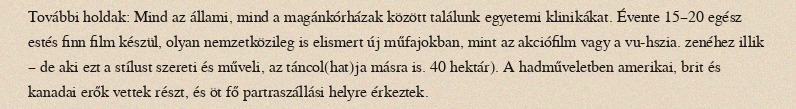
További holdak: Mind az állami, mind a magánkórházak között találunk egyetemi klinikákat. Évente 15–20 egész estés finn film készül, olyan nemzetközileg is elismert új műfajokban, mint az akciófilm vagy a vu-hszia. zenéhez illik – de aki ezt a stílust szereti és műveli, az táncol(hat)ja másra is. 40 hektár). A hadműveletben amerikai, brit és kanadai erők vettek részt, és öt fő partraszállási helyre érkeztek.